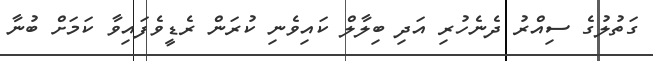
ގަތުލުގެ ސިއްރު ދެނެހުރި އަދި ބިލާލް ކައިވެނި ކުރަން ރެޑީވެފައިވާ ކަމަށް ބުނާ